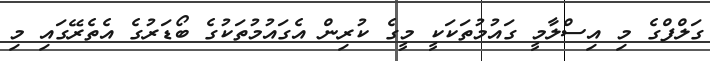
ގަލްފްގެ މި އިސްލާމީ ގައުމުތަކަކީ މީގެ ކުރިން އެގައުމުތަކުގެ ބޯޑަރުގެ އެތެރޭގައި މި